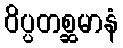
ဝိပ္ပတစ္ဆမာနံ